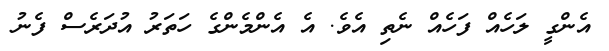
އެންގީ ލަހެއް ފަހެއް ނެތި އެވެ. އެ އެންމެންގެ ހަތަރު އުދަރެސް ފެނު